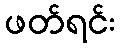
ဖတ်ရင်း